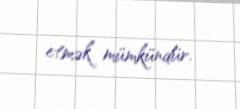
etmək mümkündür.